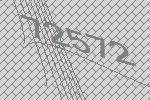
72572